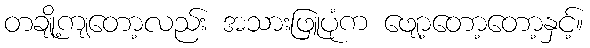
တချို့ကျတော့လည်း အသားဖြူပုံက ဖျော့တော့တော့နှင့်။